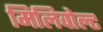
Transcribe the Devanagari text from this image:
मिलिवोल्ट